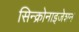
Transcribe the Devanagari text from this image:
सिन्क्रोनाइजेशन